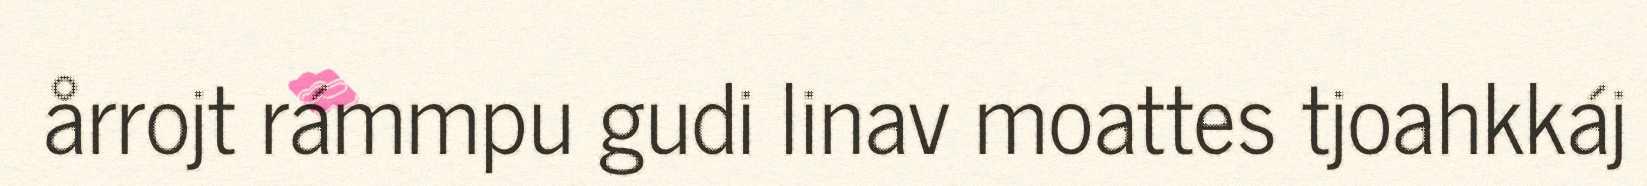
årrojt rámmpu gudi linav moattes tjoahkkáj